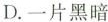
D.一片黑暗